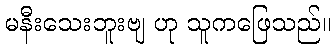
မနီးသေးဘူးဗျ ဟု သူကဖြေသည်။